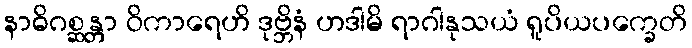
နာဓိဂစ္ဆန္တာ ဝိကာရေဟိ ဒုဗ္ဘိနံ ဟဒါမိ ရာဂါနုသယံ ရူပိယပက္ခေတိ